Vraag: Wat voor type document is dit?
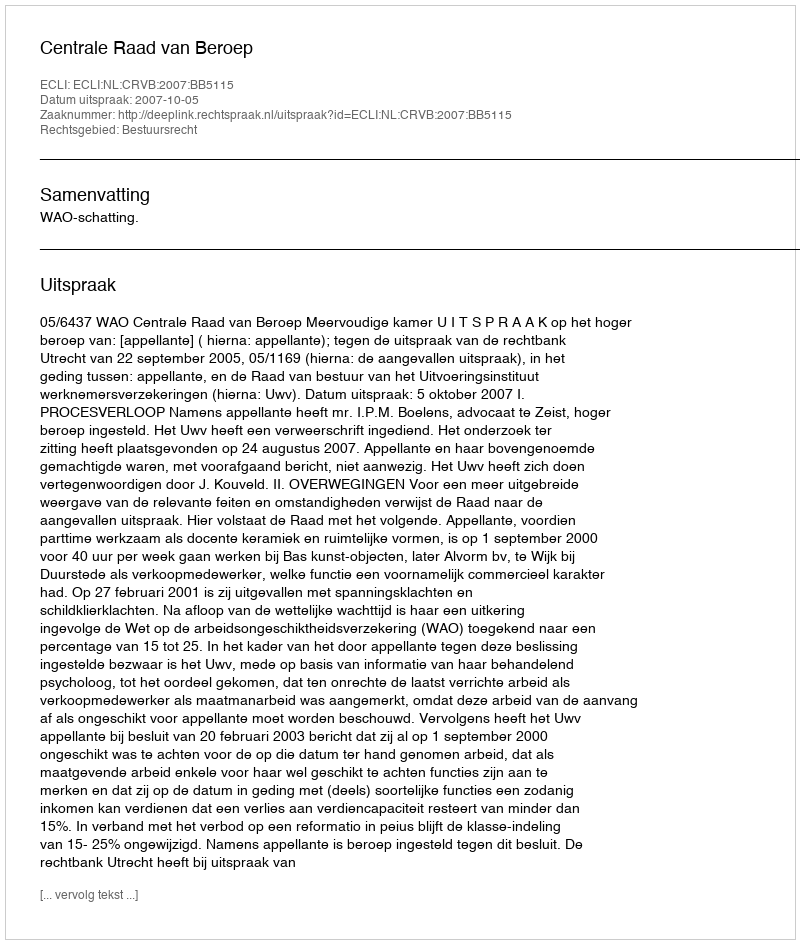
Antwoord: Uitspraak